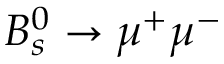
B _ { s } ^ { 0 } \rightarrow \mu ^ { + } \mu ^ { - }